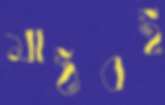
মাঠবই